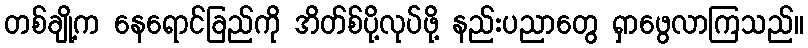
တစ်ချို့က နေရောင်ခြည်ကို အိတ်စ်ပို့လုပ်ဖို့ နည်းပညာတွေ ရှာဖွေလာကြသည်။